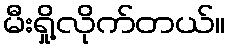
မီးရှို့လိုက်တယ်။